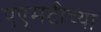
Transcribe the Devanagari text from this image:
एएमटीच्या